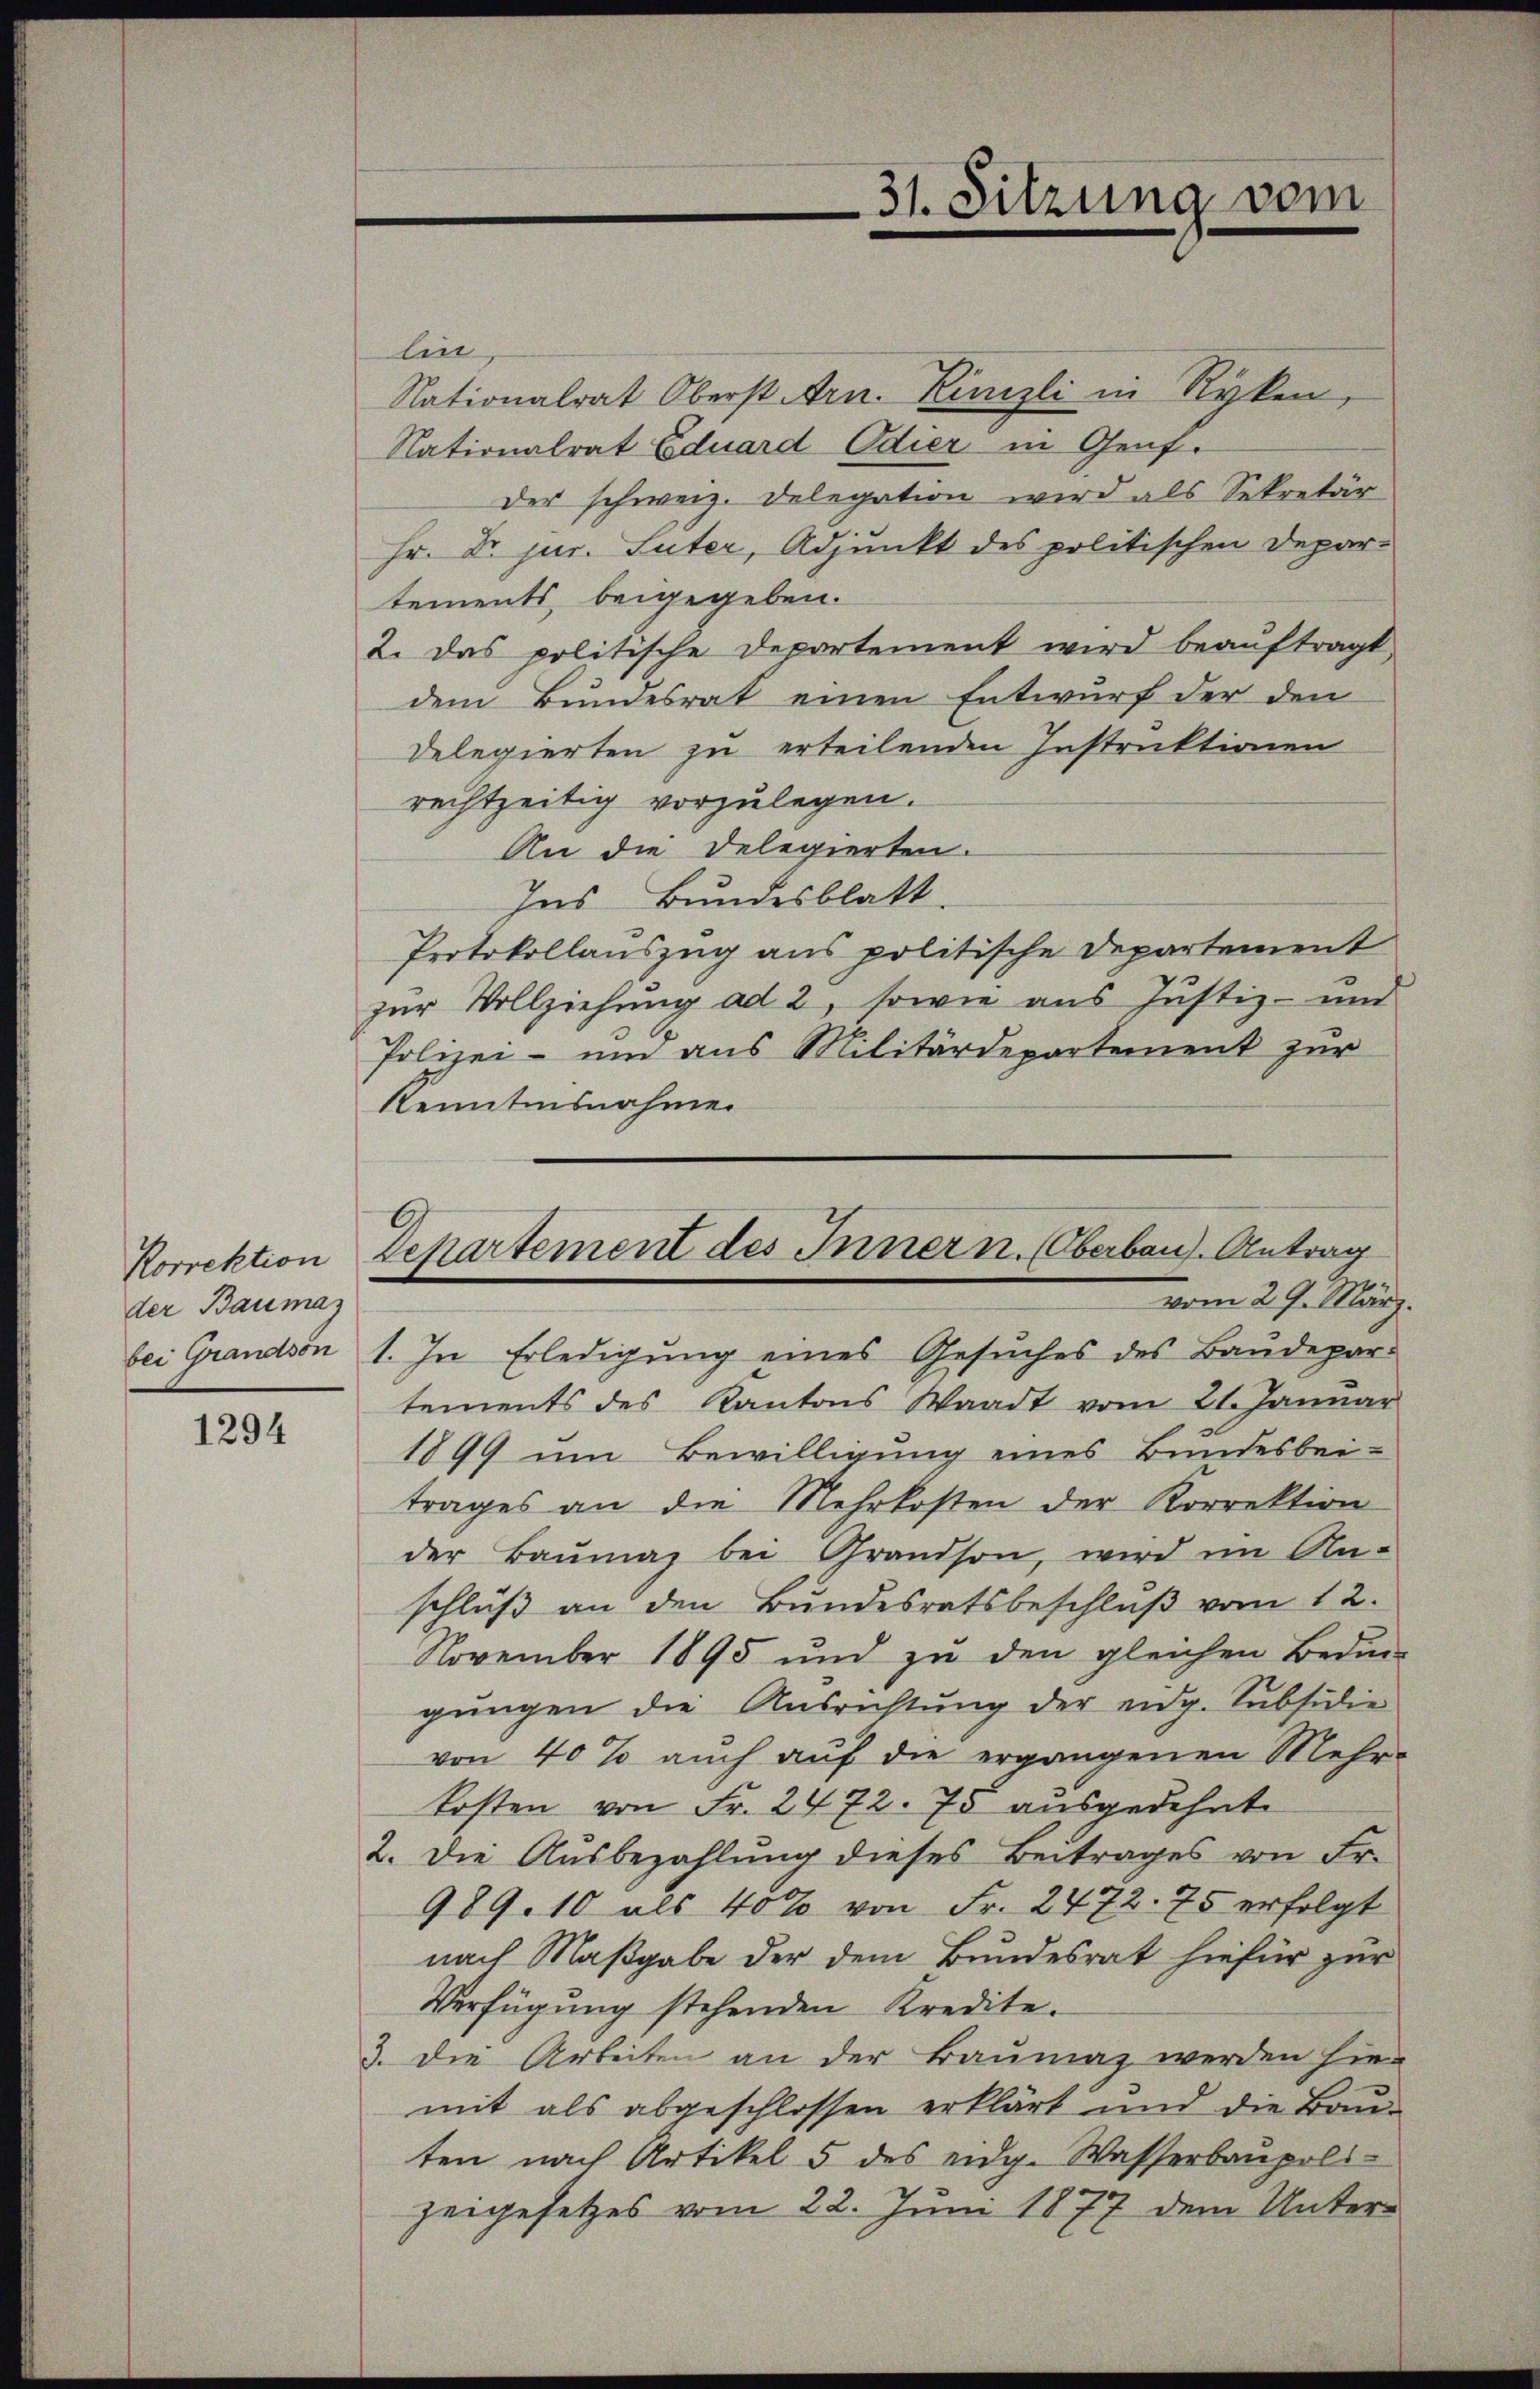
der Baumaz

1294

lin,
Nationalrat Oberst Arn. Künzli in Ryken,
Nationalrat Eduard Odier in Genf.
Der schweiz. Delegation wird als Sekretär
Hr. Dr. jur. Suter, Adjunkt des politischen Depar-
tements beigegeben.
2. Das politische Departement wird beauftragt,
dem Bundesrat einen Entwurf der den
Delegierten zu erteilenden Instruktionen
rechtzeitig vorzulegen.
An die Delegierten.
Ins Bundesblatt.
Protokollauszug aus politische Departement
zur Vollziehung ad 2, sowie aus Justiz- und
Polizei- um aus Militärdepartement zŭr
Kenntnisnahme
vom 29. März.
bei Grandson 1. In Erledigung eines Gesŭches des Baudepar-
tements des Kantons Waadt vom 21. Januar
1899 um Bewilligung eines Bundesbei-
trages an die Mehrkosten der Korrektion
der Baŭmaz bei Grandson, wird im An-
schlŭβ an den Bŭndesratsbeschlŭβ vom 12.
November 1895 und zŭ den gleichen Bedin
gungen die Ausrichtung der eidg. Subsidie
von 40% auch auf die ergangenen Mehrkosten von Fr. 2472. 75 ausgedehnte
2. Die Aŭsbezahlŭng dieses Beitrages von Fr.
989. 10 als 40% von Fr. 2472. 75 erfolgt
nach Maßgabe der dem Bundesrat hiefür zur
Verfügung stehenden Kredite.
3. die Arbeiten an der Baumaz werden hier
mit als abgeschlossen erklärt und die Baŭ-
ten nach Artikel 5 des eidg. Wasserbaupoli-
zeigesetzes vom 22. Juni 1877 dem Unter¬

31. Sitzung vom

Korrektion Departement des Innern. Oberbau. Antrag